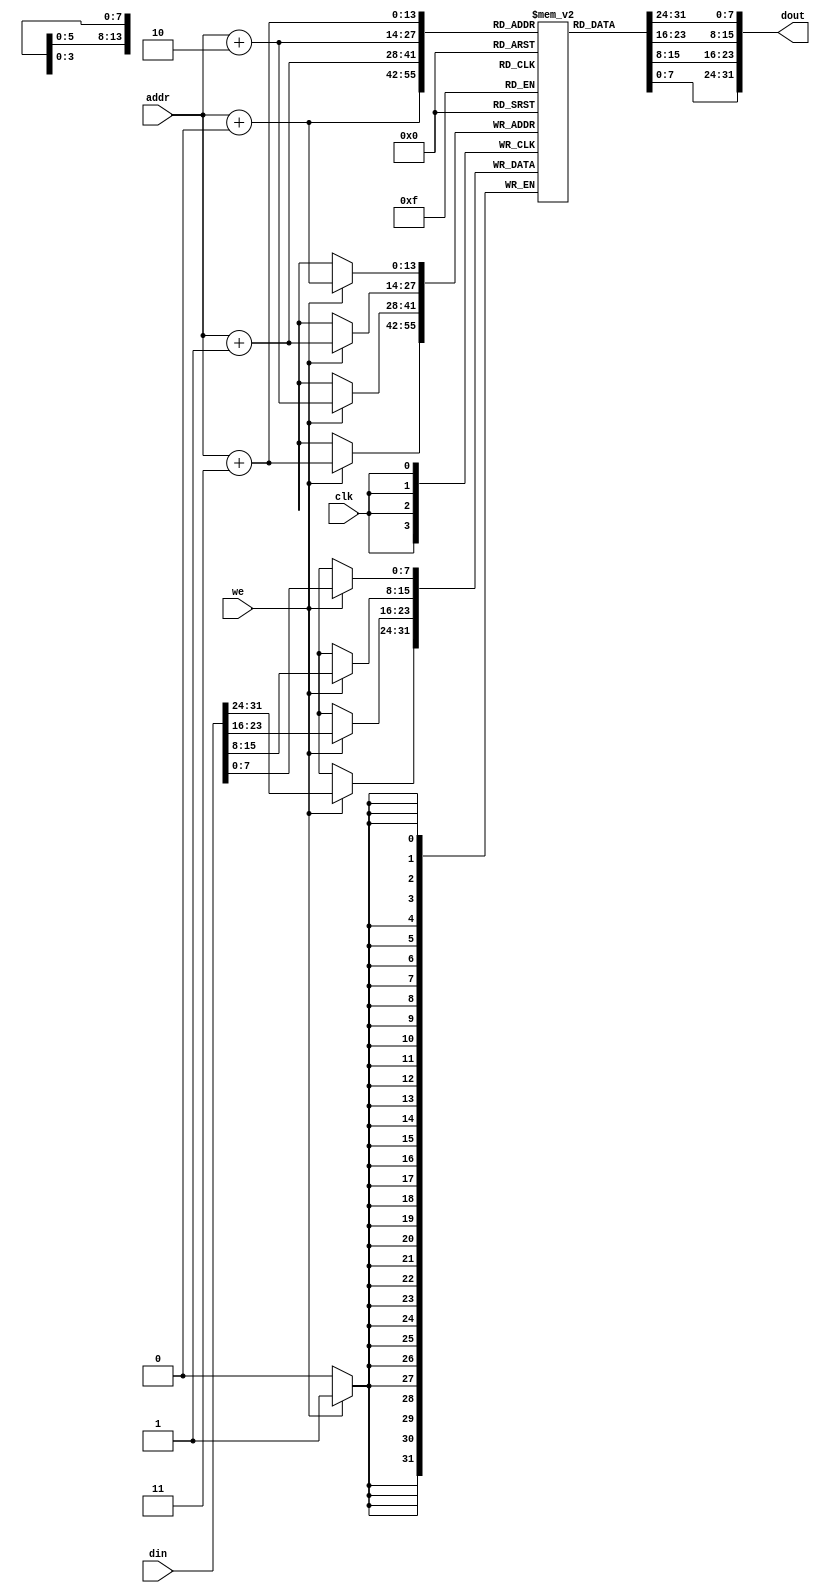
module dm_1k(addr,din,we,clk,dout);
  input [13:0] addr;
  input [31:0] din;
  input we;
  input clk;
  output [31:0]dout;
  reg[7:0] dm[12287:0];
  
  assign dout={dm[addr+3],dm[addr+2],dm[addr+1],dm[addr+0]};
  always@(posedge clk)
  begin
    if(we)
      {dm[addr+3],dm[addr+2],dm[addr+1],dm[addr+0]}<=din;
  end
  
  integer i=0;
  initial
  begin
    #5;
    for(i=0;i<12288;i=i+1)
      dm[i]<=32'h00000000;
    #5;
  end
endmodule